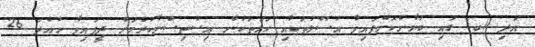
އަދި (ބ) ގައި ބަޔާންކޮށްފައިވާ އުސޫލުތަކާއި ހަމަތަކުން އިސްތިސްނާކުރުމަށް ދީފައިވާ ހުއްދަ 26